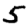
Digit: 5